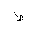
Letter: _da